Report on vaccination in the Province of Bengal - 1874-1889
Year: 1874
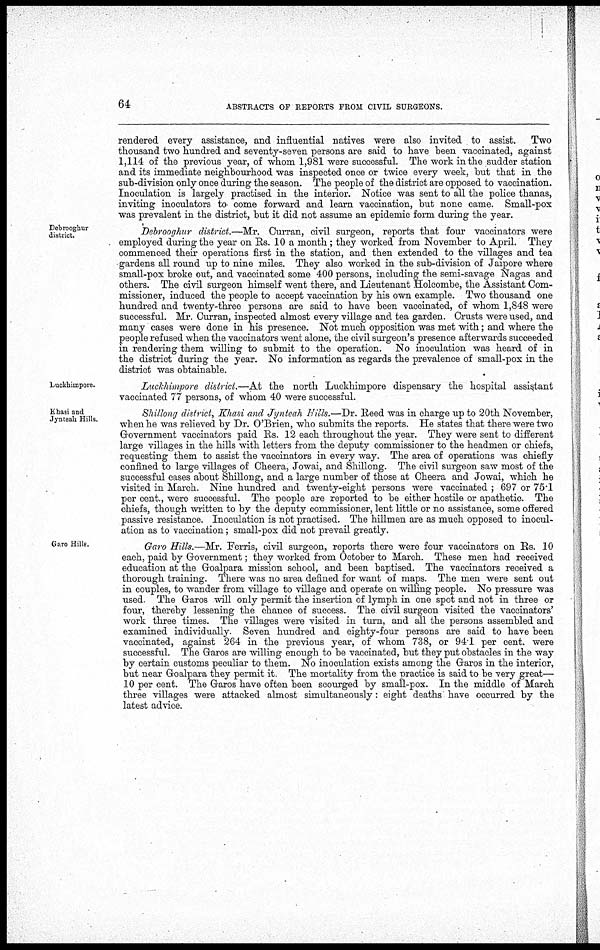
64
ABSTRACTS OF REPORTS FROM CIVIL SURGEONS.
rendered every assistance, an167d influential natives were also invited to assist. Two
thousand two hundred and seventy-seven persons are said to have been vaccinated, against
1,114 of the previous year, of whom 1,981 were successful. The work in the sudder station
and its immediate neighbourhood was inspected once or twice every week, but that in the
sub-division only once during the season. The people of the district are opposed to vaccination.
Inoculation is largely practised in the interior. Notice was sent to all the police thanas,
inviting inoculators to come forward and learn vaccination, but none came. Small-pox
was prevalent in the district, but it did not assume an epidemic form during the year.
Debrooghur
district.
Debrooghur district.—Mr. Curran, civil surgeon, reports that four vaccinators were
employed during the year on Rs. 10 a month; they worked from November to April. They
commenced their operations first in the station, and then extended to the villages and tea
gardens all round up to nine miles. They also worked in the sub-division of Jaipore where
small-pox broke out, and vaccinated some 400 persons, including the semi-savage Nagas and
others. The civil surgeon himself went there, and Lieutenant Holcombe, the Assistant Com-
missioner, induced the people to accept vaccination by his own example. Two thousand one
hundred and twenty-three persons are said to have been vaccinated, of whom 1,848 were
successful. Mr. Curran, inspected almost every village and tea garden. Crusts were used, and
many cases were done in his presence. Not much opposition was met with; and where the
people refused when the vaccinators went alone, the civil surgeon's presence afterwards succeeded
in rendering them willing to submit to the operation. No inoculation was heard of in
the district during the year. No information as regards the prevalence of small-pox in the
district was obtainable.
Luckhimpore.
Luckhimpore district.—At the north Luckhimpore dispensary the hospital assistant
vaccinated 77 persons, of whom 40 were successful.
Khasi and
Jynteah Hills.
Shillong district, Khasi and Jynteah Hills.—Dr. Reed was in charge up to 20th November,
when he was relieved by Dr. O'Brien, who submits the reports. He states that there were two
Government vaccinators paid Rs. 12 each throughout the year. They were sent to different
large villages in the hills with letters from the deputy commissioner to the headmen or chiefs,
requesting them to assist the vaccinators in every way. The area of operations was chiefly
confined to large villages of Cheera, Jowai, and Shillong. The civil surgeon saw most of the
successful cases about Shillong, and a large number of those at Cheera and Jowai, which he
visited in March. Nine hundred and twenty-eight persons were vaccinated ; 697 or 75.1
per cent., were successful. The people are reported to be either hostile or apathetic. The
chiefs, though written to by the deputy commissioner, lent little or no assistance, some offered
passive resistance. Inoculation is not practised. The hillmen are as much opposed to inocul-
ation as to vaccination; small-pox did not prevail greatly.
Garo Hills.
Garo Hills.—Mr. Ferris, civil surgeon, reports there were four vaccinators on Rs. 10
each, paid by Government; they worked from October to March. These men had received
education at the Goalpara mission school, and been baptised. The vaccinators received a
thorough training. There was no area defined for want of maps. The men were sent out
in couples, to wander from village to village and operate on willing people. No pressure was
used. The Garos will only permit the insertion of lymph in one spot and not in three or
four, thereby lessening the chance of success. The civil surgeon visited the vaccinators'
work three times. The villages were visited in turn, and all the persons assembled and
examined individually Seven hundred and eighty-four persons are said to have been
vaccinated, against 264 in the previous year, of whom 738, or 94.1 per cent. were
successful. The Garos are willing enough to be vaccinated, but they put obstacles in the way
by certain customs peculiar to them. No inoculation exists among the Garos in the interior,
but near Goalpara they permit it The mortality from the practice is said to be very great—
10 per cent. The Garos have often been scourged by small-pox. In the middle of March
three villages were attacked almost simultaneously: eight deaths have occurred by the
latest advice.